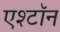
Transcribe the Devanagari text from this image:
एश्टॉन